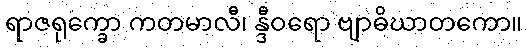
ရာဇရုက္ခော ကတမာလီ၊ န္ဒီဝရော ဗျာဓိဃာတကော။